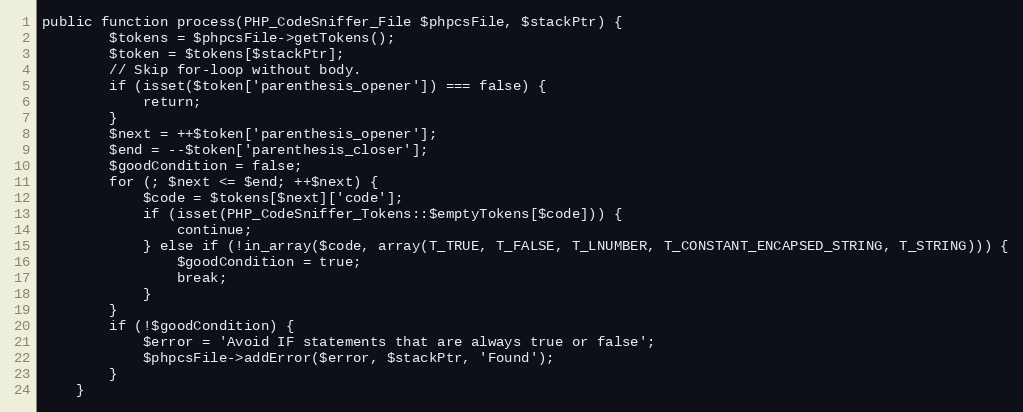
Language: PHP
public function process(PHP_CodeSniffer_File $phpcsFile, $stackPtr) {
		$tokens = $phpcsFile->getTokens();
		$token = $tokens[$stackPtr];
		// Skip for-loop without body.
		if (isset($token['parenthesis_opener']) === false) {
			return;
		}
		$next = ++$token['parenthesis_opener'];
		$end = --$token['parenthesis_closer'];
		$goodCondition = false;
		for (; $next <= $end; ++$next) {
			$code = $tokens[$next]['code'];
			if (isset(PHP_CodeSniffer_Tokens::$emptyTokens[$code])) {
				continue;
			} else if (!in_array($code, array(T_TRUE, T_FALSE, T_LNUMBER, T_CONSTANT_ENCAPSED_STRING, T_STRING))) {
				$goodCondition = true;
				break;
			}
		}
		if (!$goodCondition) {
			$error = 'Avoid IF statements that are always true or false';
			$phpcsFile->addError($error, $stackPtr, 'Found');
		}
	}